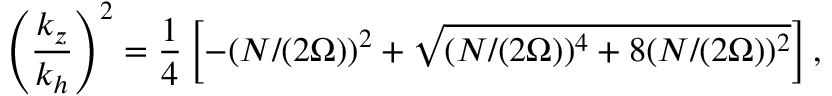
\left( \frac { k _ { z } } { k _ { h } } \right) ^ { 2 } = \frac { 1 } { 4 } \left[ - ( N / ( 2 \Omega ) ) ^ { 2 } + \sqrt { ( N / ( 2 \Omega ) ) ^ { 4 } + 8 ( N / ( 2 \Omega ) ) ^ { 2 } } \right] ,